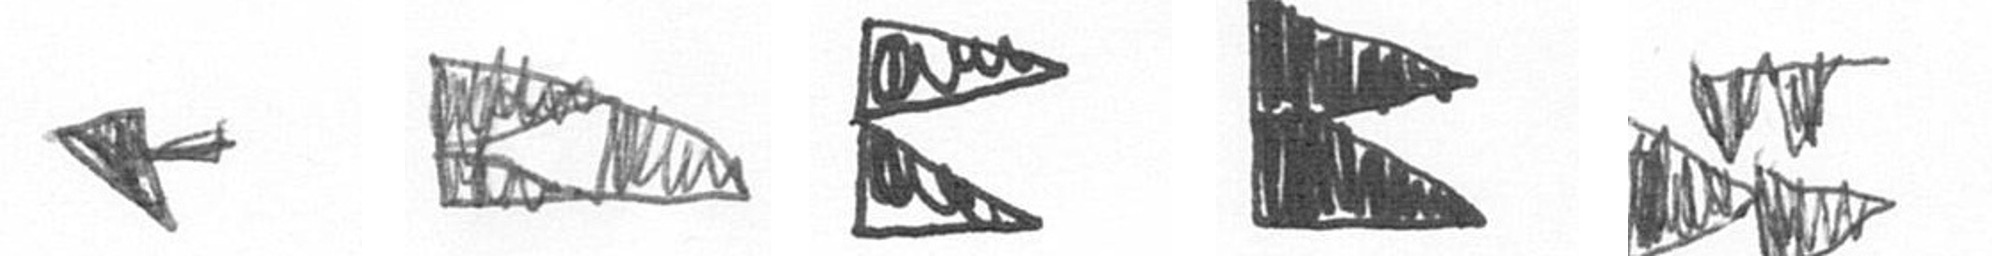
F K P P B